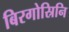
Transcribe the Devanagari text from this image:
बिरगोस्रिनि